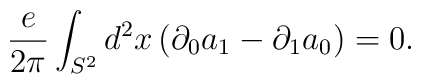
{e\over2\pi}\int_{S^2}d^{2}x\,(\partial_{0}a_{1}-\partial_{1}a_{0})=0.